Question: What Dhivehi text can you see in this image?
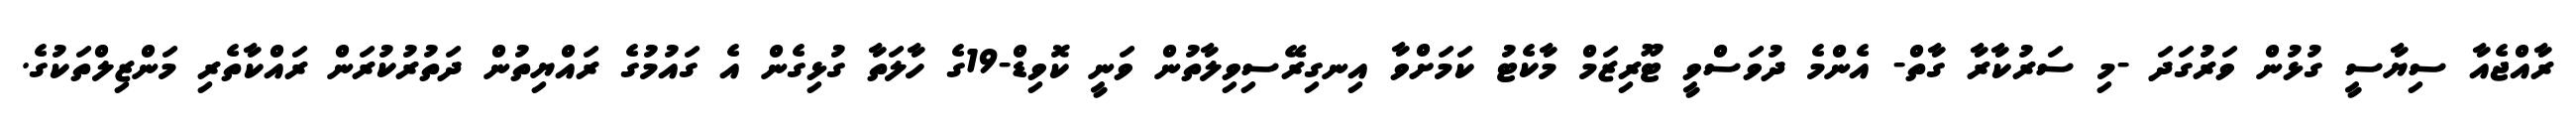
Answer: ރާއްޖެއާ ސިޔާސީ ގުޅުން ވަރުގަދަ -މި ސަރުކާރާ ގާތް- އެންމެ ދުވަސްވީ ޓޫރިޒަމް މާކެޓު ކަމަށްވާ އިނގިރޭސިވިލާތުން ވަނީ ކޮވިޑް-19ގެ ހާލަތާ ގުޅިގެން އެ ގައުމުގެ ރައްޔިތުން ދަތުރުކުރަން ރައްކާތެރި މަންޒިލްތަކުގެ.